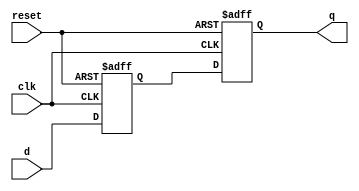
module d_flip_flop (
    input wire clk,
    input wire reset,
    input wire d,
    output reg q
);

reg d_delayed;

always @ (posedge clk or posedge reset) begin
    if (reset) begin
        d_delayed <= 1'b0;
        q <= 1'b0;
    end else begin
        d_delayed <= d;
        q <= d_delayed;
    end
end

endmodule